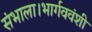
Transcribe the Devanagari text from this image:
संभाला।भार्गववंशी